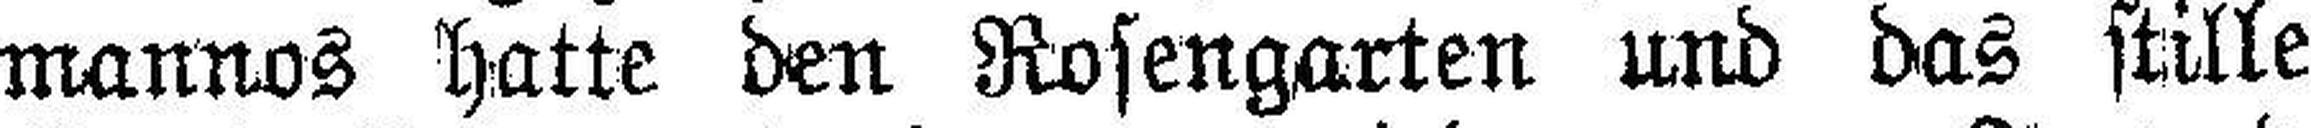
mannos hatte den Rosengarten und das stille